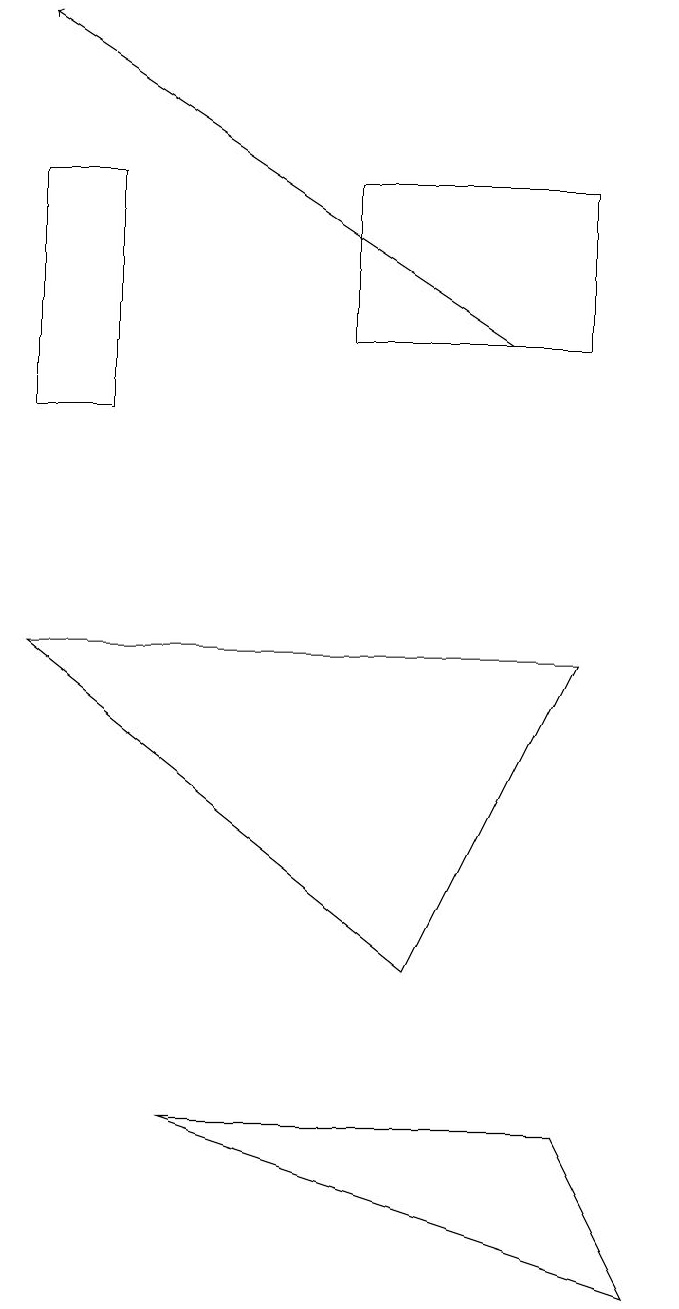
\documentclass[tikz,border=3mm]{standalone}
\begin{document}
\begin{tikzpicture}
\draw (5,14) rectangle (8,12);
\draw (1,11) rectangle (2,14);
\draw (8,2) -- (9,0) -- (3,2) -- cycle;
\draw[->] (7,12) -- (1,16);
\draw (6,4) -- (1,8) -- (8,8) -- cycle;
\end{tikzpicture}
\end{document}